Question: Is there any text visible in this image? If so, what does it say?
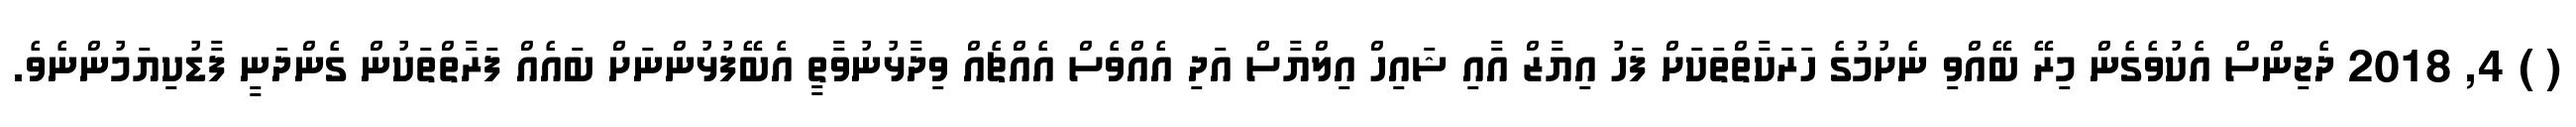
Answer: ( ) 4, 2018 ދެޖިންސް އެކުވެގެން މިރޭ ބޭއްވި ނެށުމުގެ ހަރަކާތްތަކަށް ފަހު އިޔާޒް އާއި ޝައިހް އިލްޔާސް އަދި އެއްވެސް އެއްޗެއް ވިދާޅުނުވާތީ އެބޭފުޅުންނަށް ބައެއް ފަރާތްތަކުން ގެންދަނީ ފާޑުކިޔަމުންނެވެ.